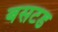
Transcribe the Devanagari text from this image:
बसटड